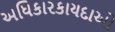
અધિકારકાયદાઓ